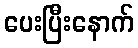
ပေးပြီးနောက်